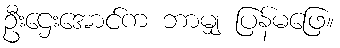
ဦးဌေးအောင်က ဘာမျှ ပြန်မဖြေ။